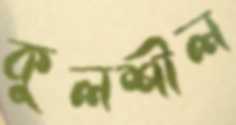
কুলশীল